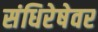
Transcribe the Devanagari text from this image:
संधिरेषेवर